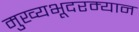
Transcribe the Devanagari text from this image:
मुख्यभूदरम्यान